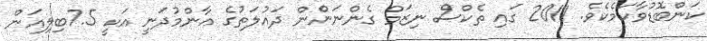
ކަންބޮޑުވާކަމެކެވެ. 2011 ގައި ތެކްސް ނިޒަމް ގެންނަންެން ދައުލަތުގެ އާންމުދަނީ އަކީ 7.5ބިލިއަން